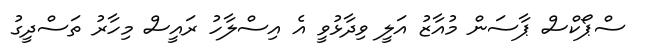
ސްޕޯކްސް ޕާސަން މުއާޒު އަލީ ވިދާޅުވީ އެ އިސްލާހު ރައީސް މިހާރު ތަސްދީގު